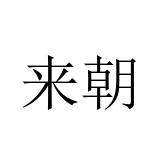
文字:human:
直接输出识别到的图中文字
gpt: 来朝